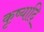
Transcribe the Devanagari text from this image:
कृष्यादि